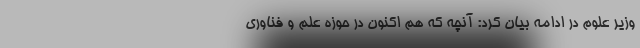
وزیر علوم در ادامه بیان کرد: آنچه که هم اکنون در حوزه علم و فناوری